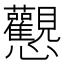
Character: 𢦉